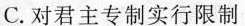
C.对君主专制实行限制